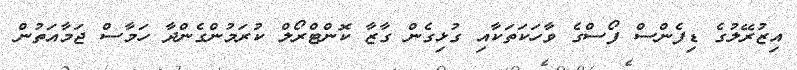
އިޒުރޭލުގެ ޑިފެންސް ފޯސްގެ ވާހަކަތަކާއި ގުޅިގެން ގާޒާ ކޮންޓްރޯލް ކުރަމުންގެންދާ ހަމާސް ޖަމާއަތުން